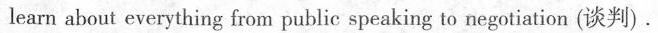
Kids learn about everything from public speaking to negotiation (谈到).